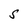
Character: S